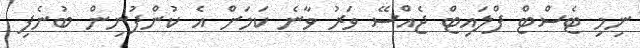
ނިމި ޓެސްޓް ފްލައިޓް ޖެއްސޭ ވަރު ވާނެ ކަމަށް އެ ކުންފުނިން ބުނެފި